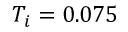
T _ { i } = 0 . 0 7 5